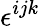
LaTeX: \epsilon^{ijk}